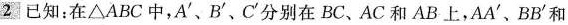
2 已知：在\triangle ABC中，A^{\prime}、B^{\prime}、C^{\prime}分别在BC、AC和AB上，AA^{\prime}、BB^{\prime}和